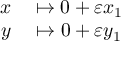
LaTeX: \begin{array} { r l } { x } & { { } \mapsto 0 + \varepsilon x _ { 1 } } \\ { y } & { { } \mapsto 0 + \varepsilon y _ { 1 } } \end{array}